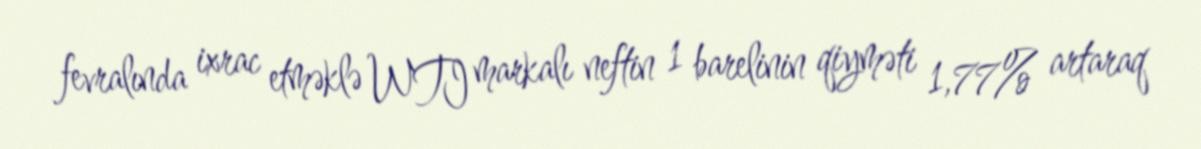
fevralında ixrac etməklə WTI markalı neftin 1 barelinin qiyməti 1,77% artaraq